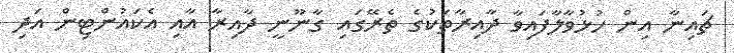
ޗައިނާ އިން ހުޅުވާލާފައިވާ ދާއިރާތަކުގެ ތެރޭގައި ގާނޫނީ ދާއިރާ އާއި އެކައުންޓިން އަދި